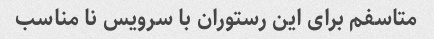
متاسفم برای این رستوران با سرویس نا مناسب